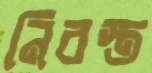
নিরস্ত